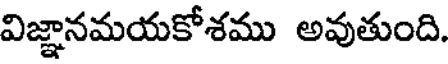
విజ్ఞానమయకోశము అవుతుంది.